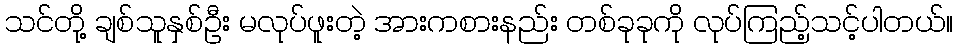
သင်တို့ ချစ်သူနှစ်ဦး မလုပ်ဖူးတဲ့ အားကစားနည်း တစ်ခုခုကို လုပ်ကြည့်သင့်ပါတယ်။